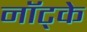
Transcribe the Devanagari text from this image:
नॉट्के